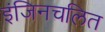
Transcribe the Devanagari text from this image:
इंजिनचलित